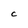
Character: C